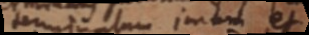
terminatum imum et